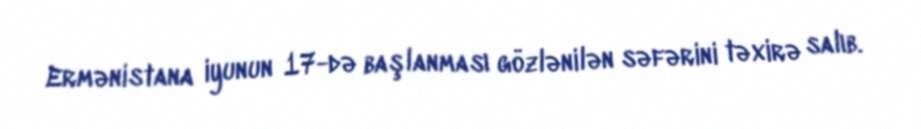
Ermənistana iyunun 17-də başlanması gözlənilən səfərini təxirə salıb.